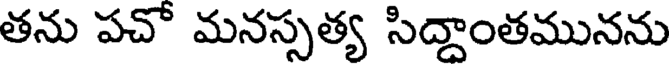
తను పచో మనస్సత్య సిద్ధాంతమునను